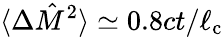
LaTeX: \langle\Delta\hat{M}^{2}\rangle\simeq 0.8ct/\ell_{\mathrm{c}}